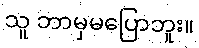
သူ ဘာမှမပြောဘူး။